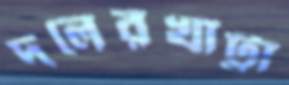
দলেরখাট্টা